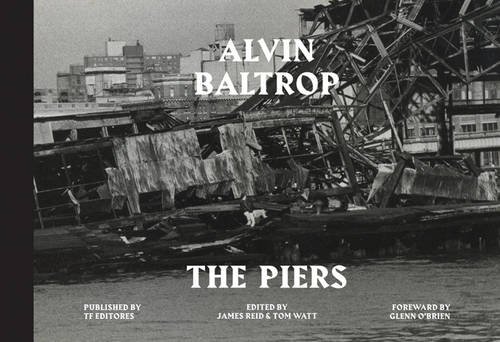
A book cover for Alvin Baltrop: The Piers; Arts & Photography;